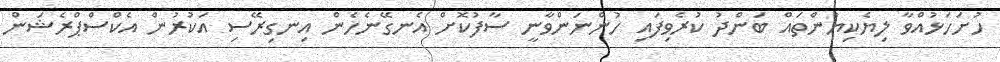
ހުށަހަޅުއްވާ ލިޔެކިޔުންތައް ބަންދު ކުރެވިފައި ހުންނަންވާނީ ސާފުކޮށް އެނގޭނެހެން އިނގިރޭސި އަކުރުން އެކްސްޕްރެޝަން